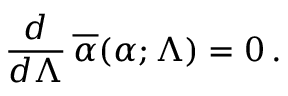
{ \frac { d } { d \Lambda } } \, \overline { { \alpha } } ( \alpha ; \Lambda ) = 0 \, .